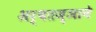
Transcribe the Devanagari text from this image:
अर्थतज्ञाने